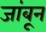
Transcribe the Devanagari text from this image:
जांबून